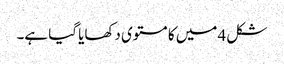
شکل 4 میں کا مستوی دکھایا گیا ہے۔